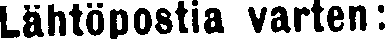
Lähtöpostia varten: